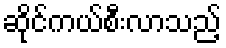
ဆိုင်ကယ်စီးလာသည့်